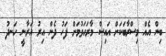
ބިން އެއް މިސްރާބަކަށް އައިސް މާރަހަވުމަށް ފަހު ދެން އިރު އަރާނީ ހަނދު